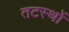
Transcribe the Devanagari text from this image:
तटस्थों